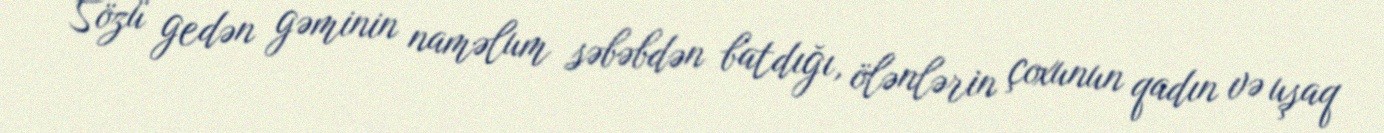
Sözü gedən gəminin naməlum səbəbdən batdığı, ölənlərin çoxunun qadın və uşaq